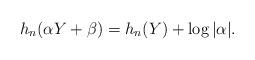
LaTeX: \begin{align*} h_n(\alpha Y+\beta) = h_n(Y) + \log |\alpha|.\end{align*}